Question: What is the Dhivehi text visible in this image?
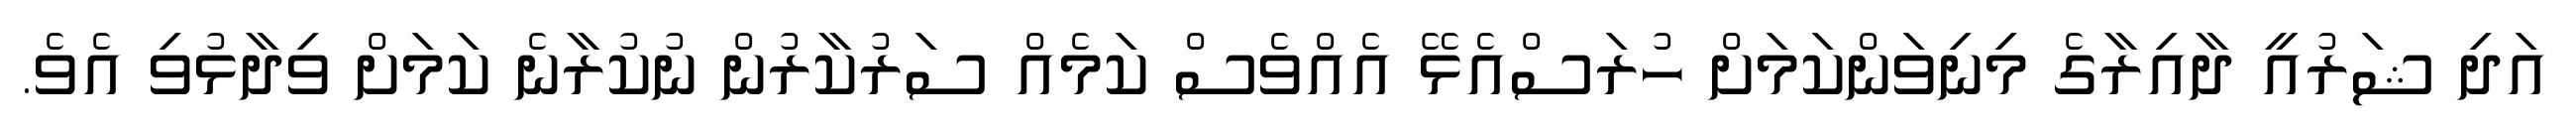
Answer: އަދި ޝަރުއީ ދާއިރާގެ މިނިވަންކަމަށް ހުރަސްއެޅޭ އެއްވެސް ކަމެއް ސަރުކާރުން ނުކުރާނެ ކަމަށް ވިދާޅުވި އެވެ.